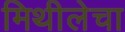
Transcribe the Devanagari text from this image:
मिथीलेचा